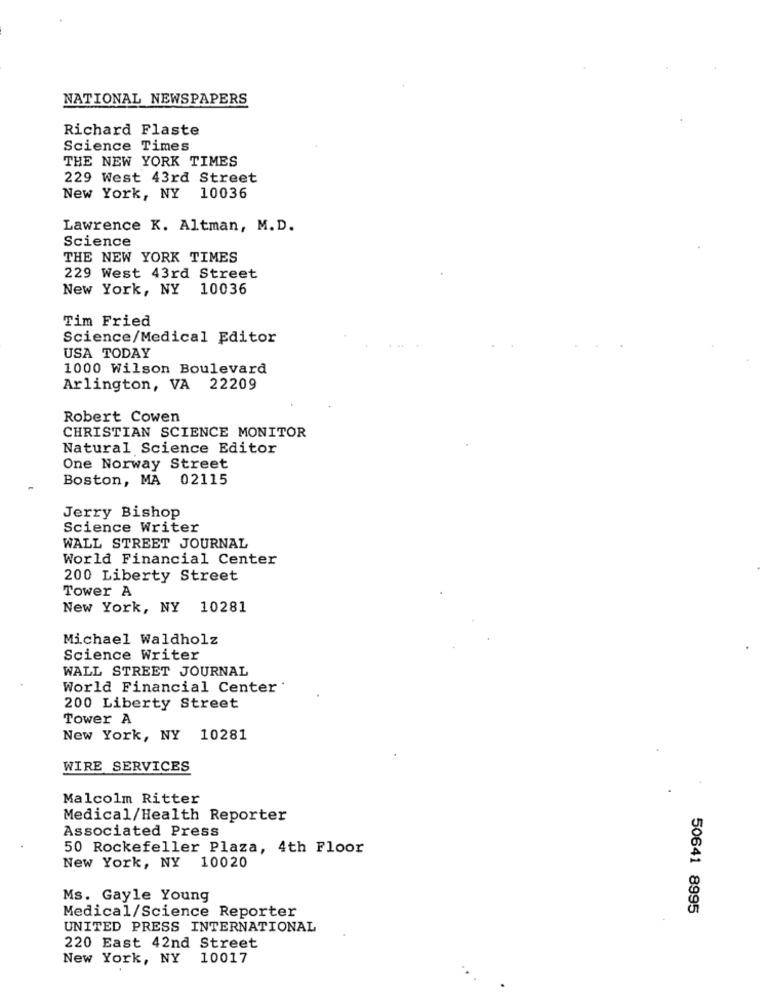
NATIONAL NEWSPAPERS
Richard Flaste
Science Times
THE NEW YORK TIMES
229 West 43rd Street
New York, NY 10036
Lawrence K. Altman, M.D.
Science
THE NEW YORK TIMES
229 West 43rd Street
New York, NY 10036
Tim Fried
Science/Medical Editor
USA TODAY
1000 Wilson Boulevard
Arlington, VA 22209
Robert Cowen
CHRISTIAN SCIENCE MONITOR
Natural Science Editor
One Norway Street
Boston, MA 02115
Jerry Bishop
Science Writer
WALL STREET JOURNAL
World Financial Center
200 Liberty Street
Tower A
New York, NY 10281
Michael Waldholz
Science Writer
WALL STREET JOURNAL
World Financial Center '
200 Liberty Street
Tower A
New York, NY 10281
WIRE SERVICES
Malcolm Ritter
Medical/Health Reporter
Associated Press
50 Rockefeller Plaza, 4th Floor
New York, NY 10020
Ms. Gayle Young
Medical/Science Reporter
50641 8995
UNITED PRESS INTERNATIONAL
220 East 42nd Street
New York, NY 10017